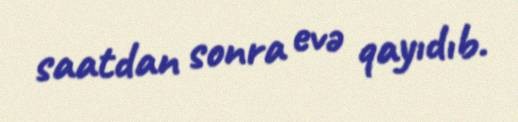
saatdan sonra evə qayıdıb.